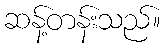
ဆန့်တန်းသည်။